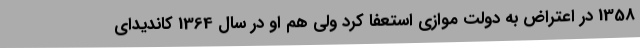
1358 در اعتراض به دولت موازی استعفا کرد ولی هم او در سال 1364 کاندیدای